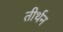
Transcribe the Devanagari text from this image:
तीर्थन